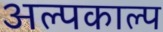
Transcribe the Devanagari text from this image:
अल्पकाल्प